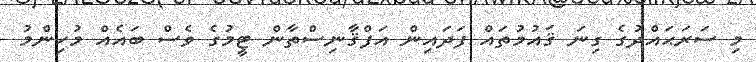
މި ސަރަޙައްދުގެ ގިނަ ޤައުމުތައް ފަދައިން އަފްޤާނިސްތާން ޓީމުގެ ވެސް ބައެއް މުހިންމު